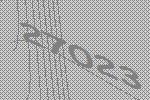
27023